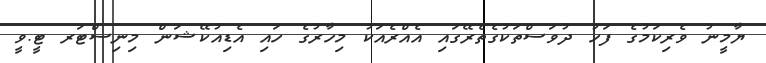
ޔާމީނު ވެރިކަމުގެ ފަހު ދުވަސްތަކުގެތެރޭގައި އެއްރެއަކު މިހާރުގެ ހައި އެޑިއުކޭޝަން މިނިސްޓަރ ޓީ.ވީ